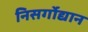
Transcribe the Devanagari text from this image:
निसर्गोद्यान